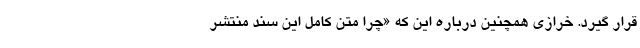
قرار گیرد. خرازی همچنین درباره این که «چرا متن کامل این سند منتشر